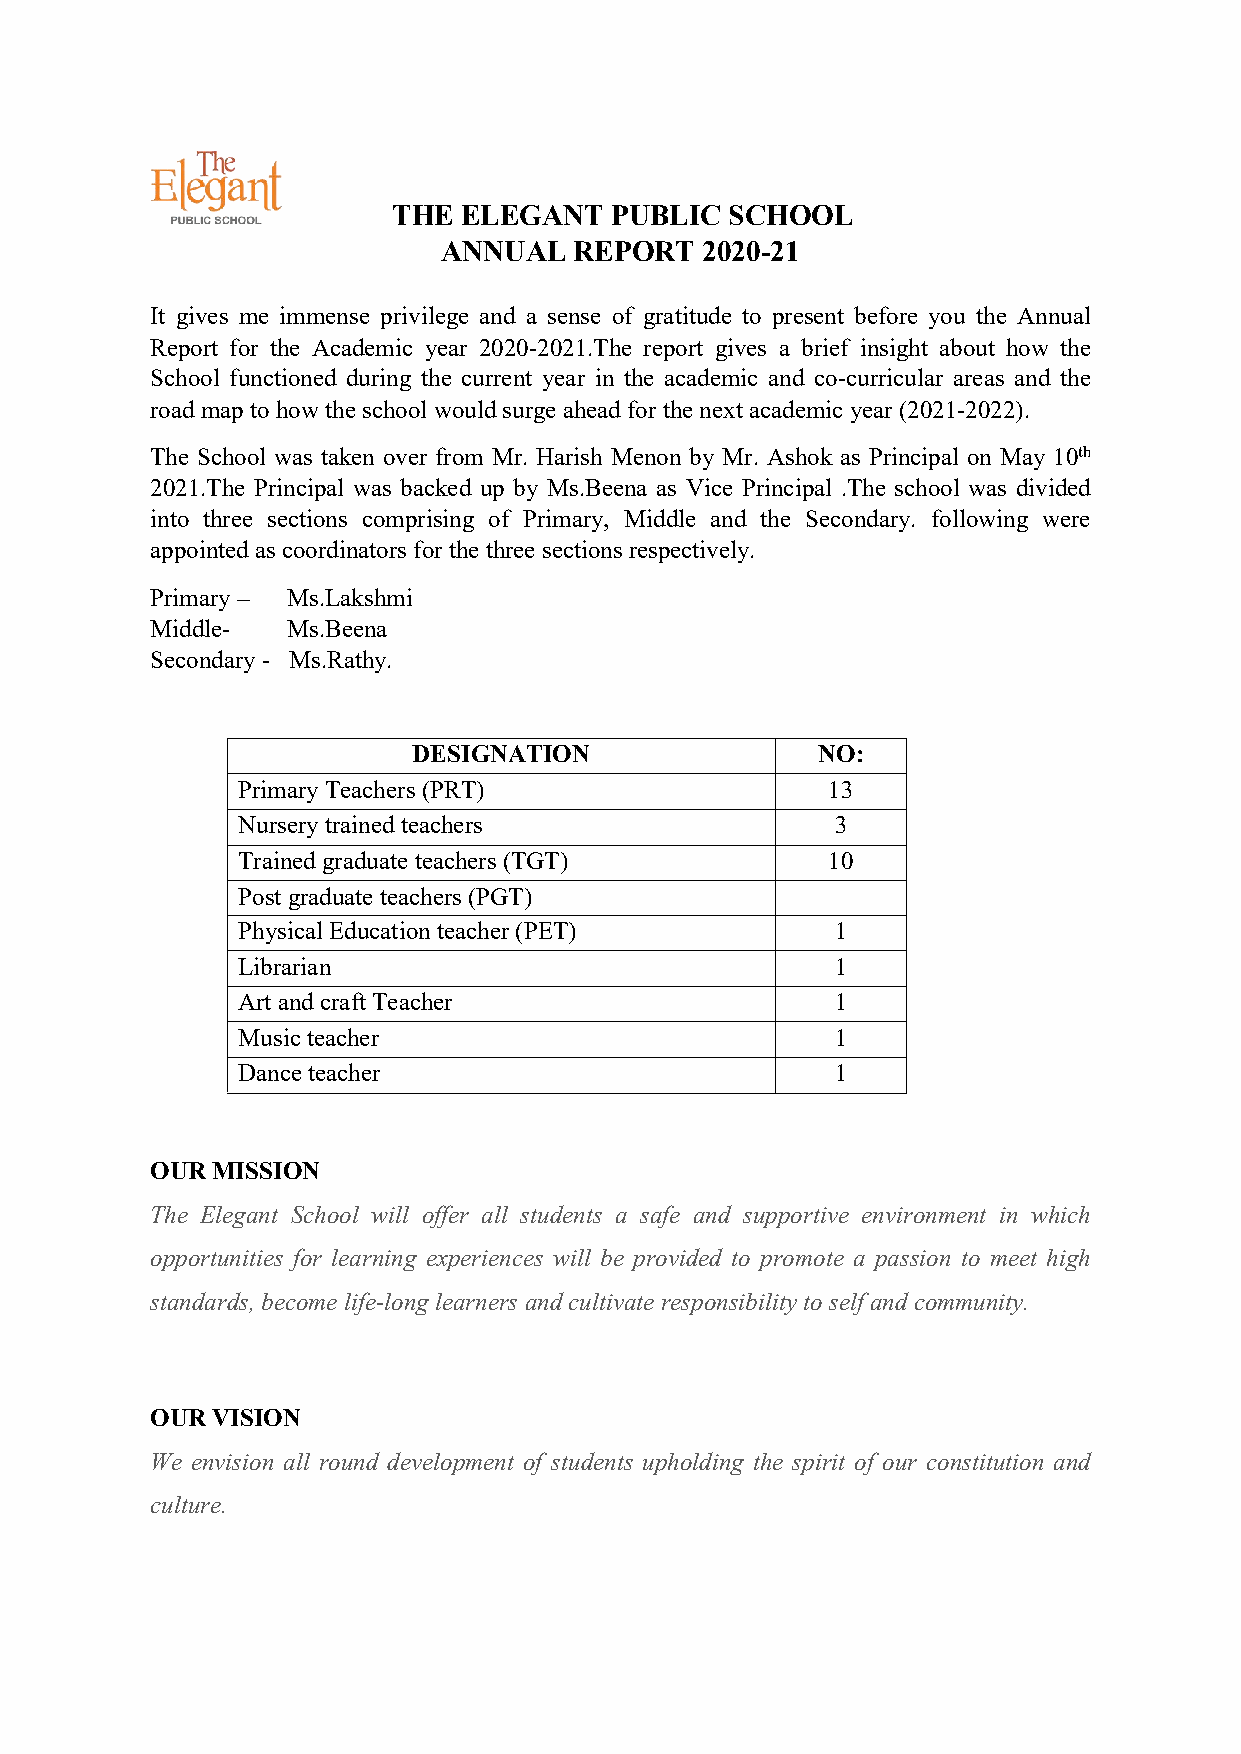
THE ELEGANT   PUBLIC  SCHOOL
 ANNUAL   REPORT  2020-21
 It gives me immense privilege and a sense of gratitude to present before you the Annual
 Report for the Academic year 2020-2021.The report gives a brief insight about how the
 School functioned during the current year in the academic and co-curricular areas and the
 road map tohow theschool would surge ahead for thenext academicyear (2021-2022).
 The School was taken over from Mr. Harish Menon by Mr. Ashok as Principal on May 10th
 2021.The Principal was backed up by Ms.Beena as Vice Principal .The school was divided
 into three sections comprising of Primary, Middle and the Secondary. following were
 appointed as coordinators for thethree sections respectively.
 Primary – Ms.Lakshmi
 Middle-  Ms.Beena
 Secondary - Ms.Rathy.
 DESIGNATION                NO:
 Primary Teachers (PRT)                 13
 Nursery trained teachers               3
 Trained graduateteachers (TGT)         10
 Post graduate teachers (PGT)
 Physical Education teacher (PET)       1
 Librarian                              1
 Art and craft Teacher                  1
 Musicteacher                           1
 Dance teacher                          1
 OURMISSION
 The Elegant School will offer all students a safe and supportive environment in which
 opportunities for learning experiences will be provided to promote a passion to meet high
 standards,become life-long learners andcultivateresponsibilitytoself andcommunity.
 OURVISION
 We envision all round development of students upholding the spirit of our constitution and
 culture.